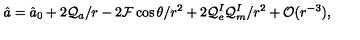
\hat { a } = \hat { a } _ { 0 } + 2 { \cal Q } _ { a } / r - 2 { \cal F } \cos \theta / r ^ { 2 } + 2 { \cal Q } _ { e } ^ { I } { \cal Q } _ { m } ^ { I } / r ^ { 2 } + { \cal O } ( r ^ { - 3 } ) ,